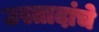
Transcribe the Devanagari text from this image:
उस्तादांचे